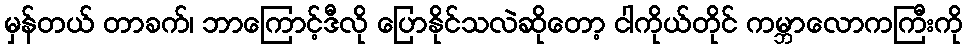
မှန်တယ် တာခက်၊ ဘာကြောင့်ဒီလို ပြောနိုင်သလဲဆိုတော့ ငါကိုယ်တိုင် ကမ္ဘာလောကကြီးကို